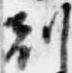
刻